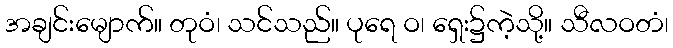
အချင်းမျောက်။ တုဝံ၊ သင်သည်။ ပုရေ ဝ၊ ရှေး၌ကဲ့သို့။ သီလဝတံ၊